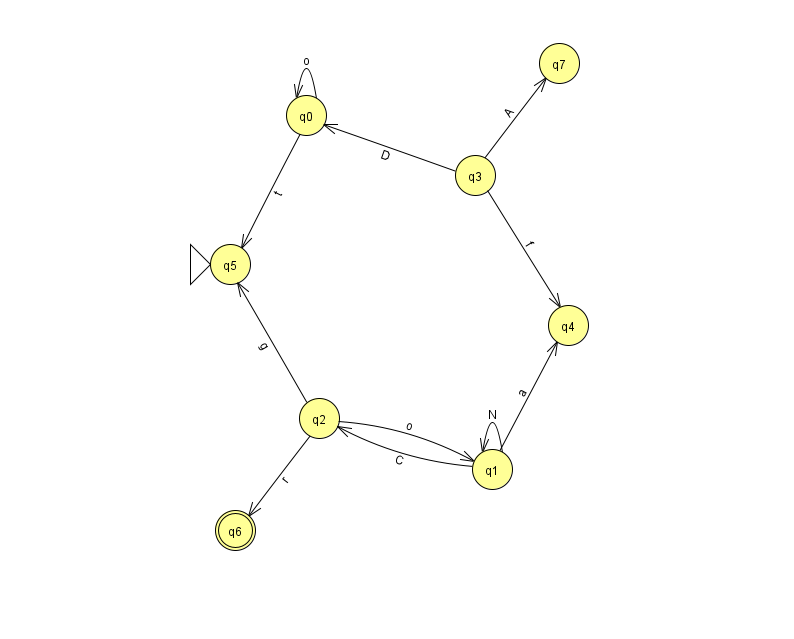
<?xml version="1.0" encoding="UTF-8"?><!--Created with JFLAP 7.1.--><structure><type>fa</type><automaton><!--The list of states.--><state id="0" name="q0"><x>306.0</x><y>102.0</y></state><state id="1" name="q1"><x>492.0</x><y>456.0</y></state><state id="2" name="q2"><x>319.0</x><y>405.0</y></state><state id="3" name="q3"><x>475.0</x><y>162.0</y></state><state id="4" name="q4"><x>568.0</x><y>312.0</y></state><state id="5" name="q5"><x>230.0</x><y>251.0</y><initial/></state><state id="6" name="q6"><x>235.0</x><y>517.0</y><final/></state><state id="7" name="q7"><x>559.0</x><y>50.0</y></state><!--The list of transitions.--><transition><from>3</from><to>7</to><read>A</read></transition><transition><from>1</from><to>2</to><read>C</read></transition><transition><from>2</from><to>5</to><read>g</read></transition><transition><from>2</from><to>6</to><read>r</read></transition><transition><from>3</from><to>0</to><read>D</read></transition><transition><from>0</from><to>5</to><read>t</read></transition><transition><from>1</from><to>1</to><read>N</read></transition><transition><from>3</from><to>4</to><read>f</read></transition><transition><from>0</from><to>0</to><read>o</read></transition><transition><from>1</from><to>4</to><read>a</read></transition><transition><from>2</from><to>1</to><read>o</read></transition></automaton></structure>